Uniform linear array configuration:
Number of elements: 12
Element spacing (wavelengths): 0.5
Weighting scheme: exponential
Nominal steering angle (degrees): -15
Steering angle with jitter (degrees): -16.375
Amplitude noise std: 0.05
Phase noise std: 0.05

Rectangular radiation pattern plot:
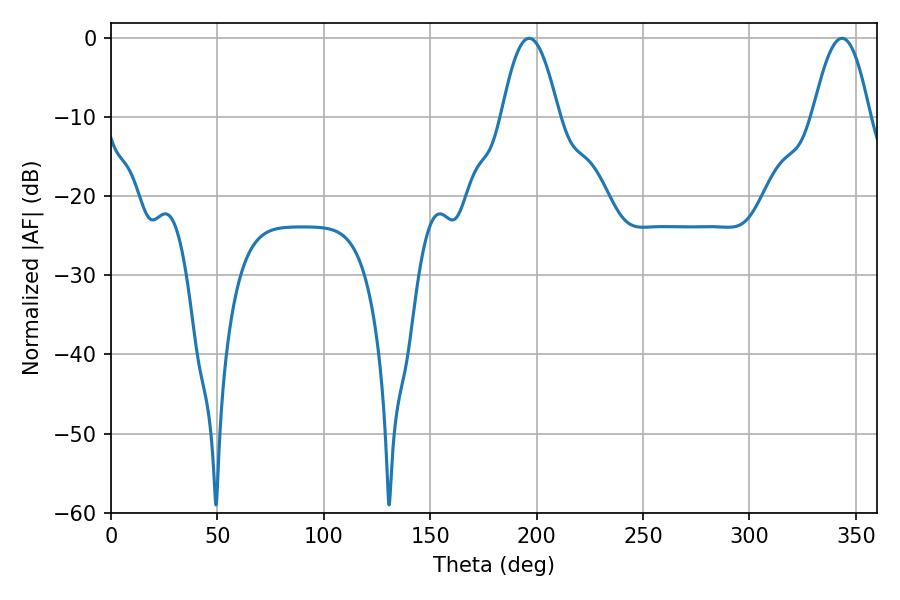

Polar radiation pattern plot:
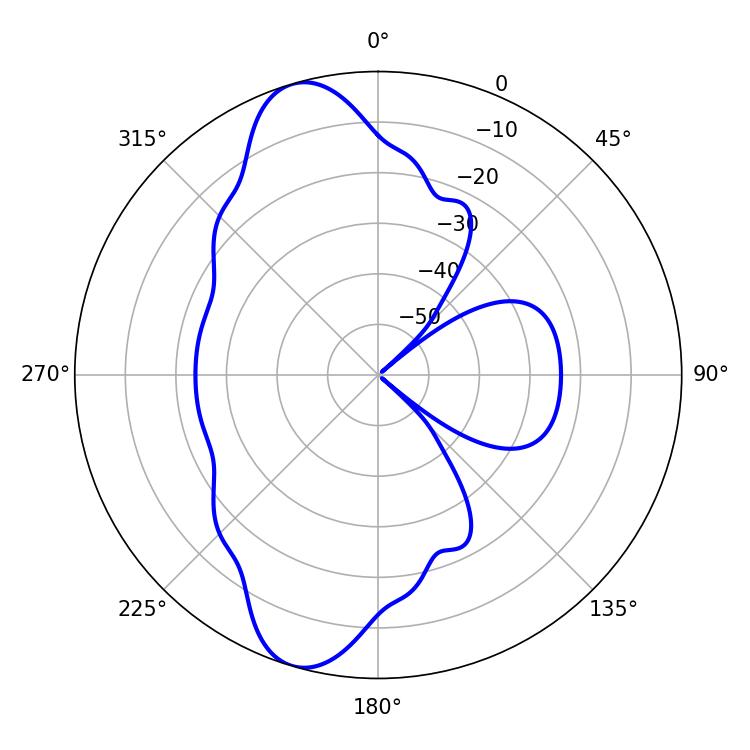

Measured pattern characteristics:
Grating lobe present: FALSE
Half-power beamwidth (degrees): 14.58
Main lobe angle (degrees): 196.56